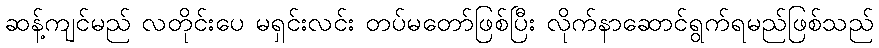
ဆန့်ကျင်မည် လတိုင်းပေ မရှင်းလင်း တပ်မတော်ဖြစ်ပြီး လိုက်နာဆောင်ရွက်ရမည်ဖြစ်သည်